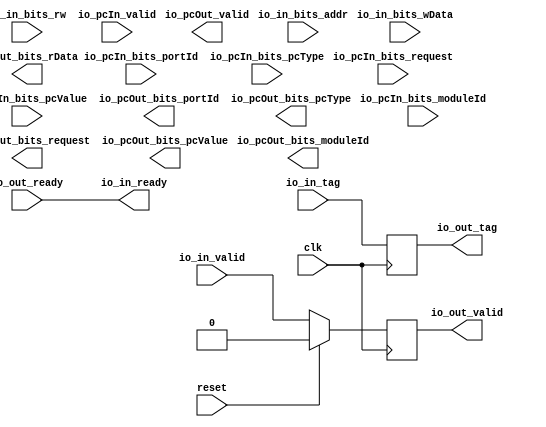
module spMemComponent_1(input clk, input reset,
    output io_in_ready,
    input  io_in_valid,
    input [9:0] io_in_bits_addr,
    input  io_in_bits_rw,
    input [191:0] io_in_bits_wData,
    input [9:0] io_in_tag,
    input  io_out_ready,
    output io_out_valid,
    output[191:0] io_out_bits_rData,
    output[9:0] io_out_tag,
    input  io_pcIn_valid,
    input  io_pcIn_bits_request,
    input [15:0] io_pcIn_bits_moduleId,
    input [7:0] io_pcIn_bits_portId,
    input [19:0] io_pcIn_bits_pcValue,
    input [3:0] io_pcIn_bits_pcType,
    output io_pcOut_valid,
    output io_pcOut_bits_request,
    output[15:0] io_pcOut_bits_moduleId,
    output[7:0] io_pcOut_bits_portId,
    output[19:0] io_pcOut_bits_pcValue,
    output[3:0] io_pcOut_bits_pcType);
  reg[9:0] tagReg;
  reg[0:0] hasReqReg;
  assign io_out_tag = tagReg;
  assign io_out_valid = hasReqReg;
  assign io_in_ready = io_out_ready;
  always @(posedge clk) begin
    tagReg <= io_in_tag;
    hasReqReg <= reset ? 1'h0 : io_in_valid;
  end
endmodule